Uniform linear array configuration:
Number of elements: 16
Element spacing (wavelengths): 0.25
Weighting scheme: hann
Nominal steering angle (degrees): -60
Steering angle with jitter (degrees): -58.533
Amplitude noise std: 0.05
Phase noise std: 0.05

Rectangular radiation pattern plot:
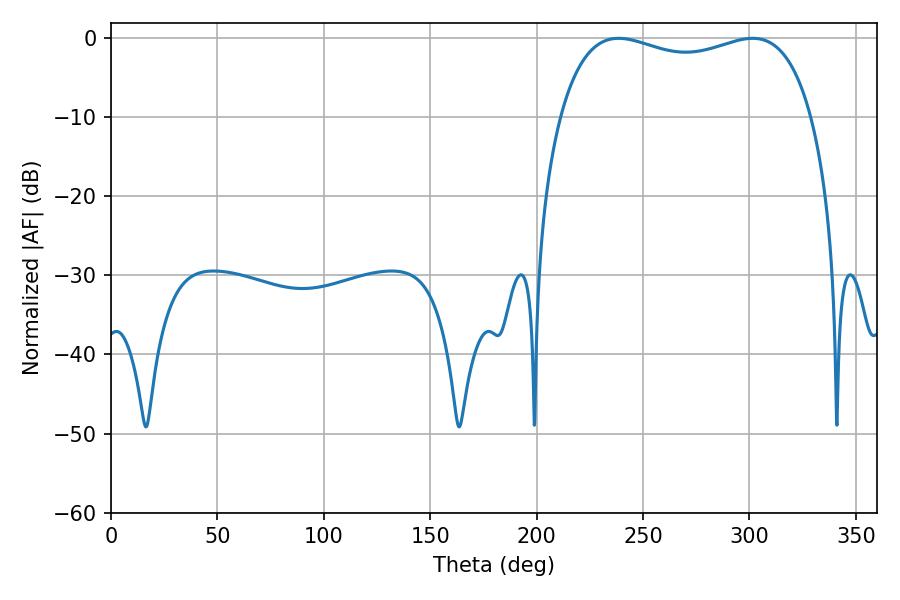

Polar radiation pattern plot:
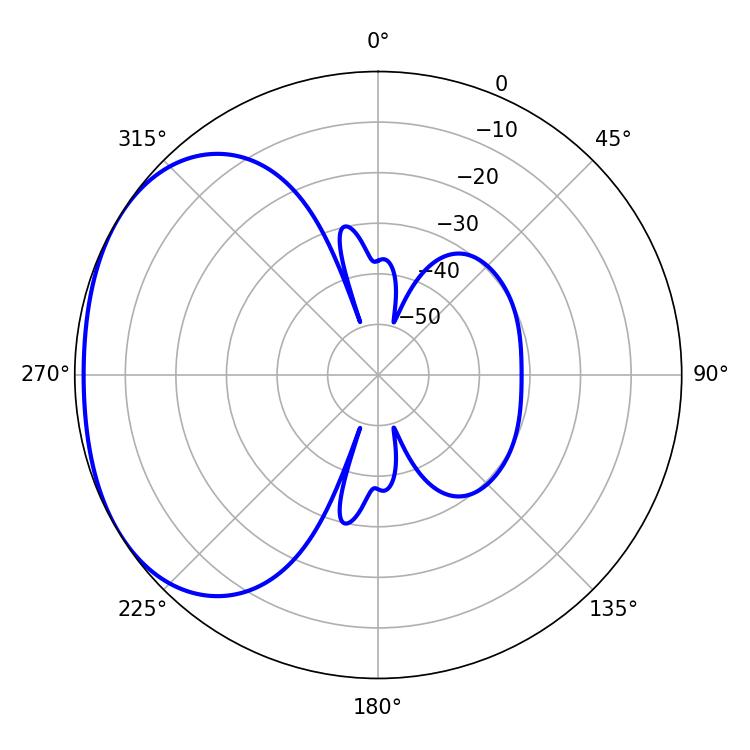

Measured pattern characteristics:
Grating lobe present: FALSE
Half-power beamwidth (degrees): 97.2
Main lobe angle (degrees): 238.5